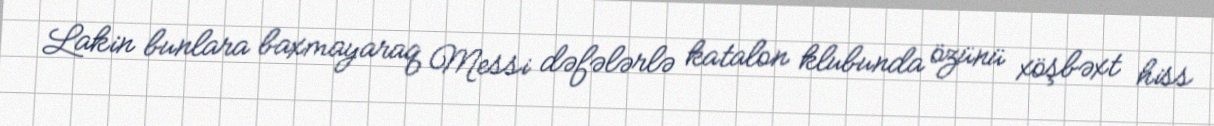
Lakin bunlara baxmayaraq Messi dəfələrlə katalon klubunda özünü xöşbəxt hiss